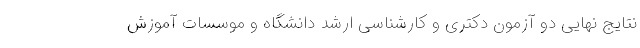
نتایج نهایی دو آزمون دکتری و کارشناسی ارشد دانشگاه و موسسات آموزش